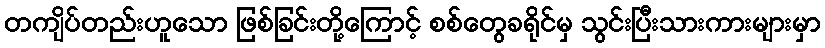
တကျိပ်တည်းဟူသော ဖြစ်ခြင်းတို့ကြောင့် စစ်တွေခရိုင်မှ သွင်းပြီးသားကားများမှာ